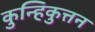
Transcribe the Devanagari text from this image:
कुन्हिकुत्तन